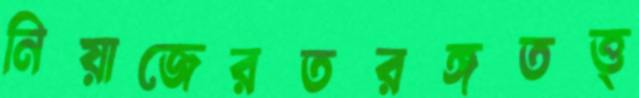
নিয়াজেরতরঙ্গতত্ত্